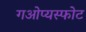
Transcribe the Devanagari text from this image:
गओप्यस्फोट